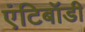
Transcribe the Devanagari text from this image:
एंटिबॉडी